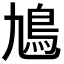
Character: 𩾛